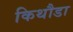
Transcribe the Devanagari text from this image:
किथौडा